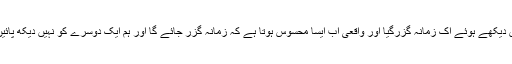
’’تمہیں دیکھے ہوئے اک زمانہ گزرگیا اور واقعی اب ایسا محسوس ہوتا ہے کہ زمانہ گزر جائے گا اور ہم ایک دوسرے کو نہیں دیکھ پائیں گے۔